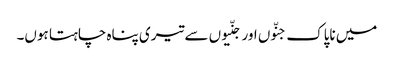
میں ناپاک جنّوں اور جنّیوں سے تیری پناہ چاہتا ہوں۔